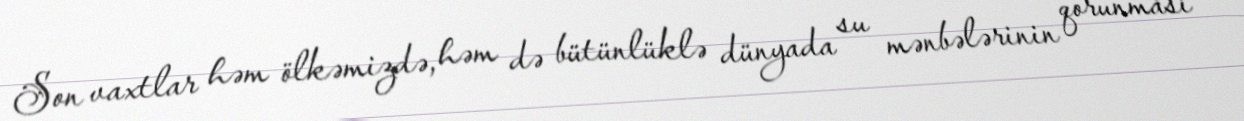
Son vaxtlar həm ölkəmizdə, həm də bütünlüklə dünyada su mənbələrinin qorunması